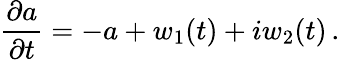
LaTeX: \frac{\partial a}{\partial t}=-a+w_{1}(t)+iw_{2}(t)\, .